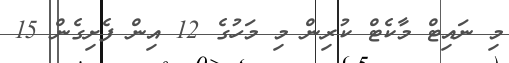
މި ނައިޓް މާކެޓް ކުރިން މި މަހުގެ 12 އިން ފެށިގެން 15